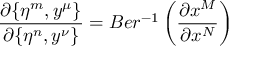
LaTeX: \frac { \partial \{ \eta ^ { m } , y ^ { \mu } \} } { \partial \{ \eta ^ { n } , y ^ { \nu } \} } = B e r ^ { - 1 } \left( \frac { \partial x ^ { M } } { \partial x ^ { N } } \right)